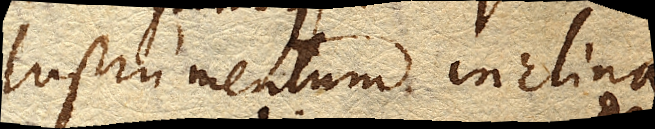
Instrumentum inclina–